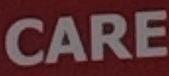
CARE